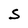
Character: S